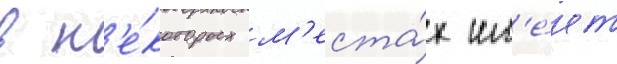
в н'е́которых м'еста́х им'е́ет